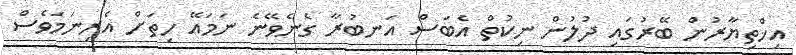
އިޚްތިޔާރުން ބޭރުގައި ދުލުން ނިކުތް އެބަސް އަނބުރާ ގެނެވޭނެ ނަމައޭ ހިތަށް އެރިނަމަވެސް